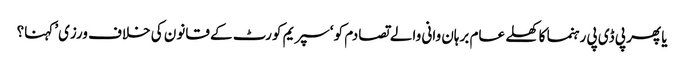
یا پھر پی ڈی پی رہنما کا کھلے عام برہان وانی والے تصادم کو ‘سپریم کورٹ کے قانون کی خلاف ورزی’ کہنا؟